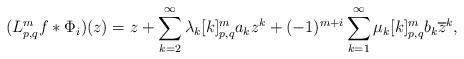
LaTeX: \begin{align*}(L^m_{p,q}f\ast \Phi_i)(z)=z+\sum\limits_{k=2}^\infty \lambda_k[k]_{p,q}^ma_{k}{z^k}+(-1)^{m+i}\sum\limits_{k=1}^\infty \mu_k[k]_{p,q}^mb_{k}{\overline{z}^k},\end{align*}